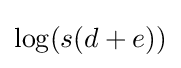
\log(s(d+e))